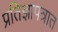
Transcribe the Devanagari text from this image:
प्रतिज्ञापत्रात